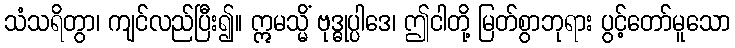
သံသရိတွာ၊ ကျင်လည်ပြီး၍။ ဣမသ္မိံ ဗုဒ္ဓုပ္ပါဒေ၊ ဤငါတို့ မြတ်စွာဘုရား ပွင့်တော်မူသော